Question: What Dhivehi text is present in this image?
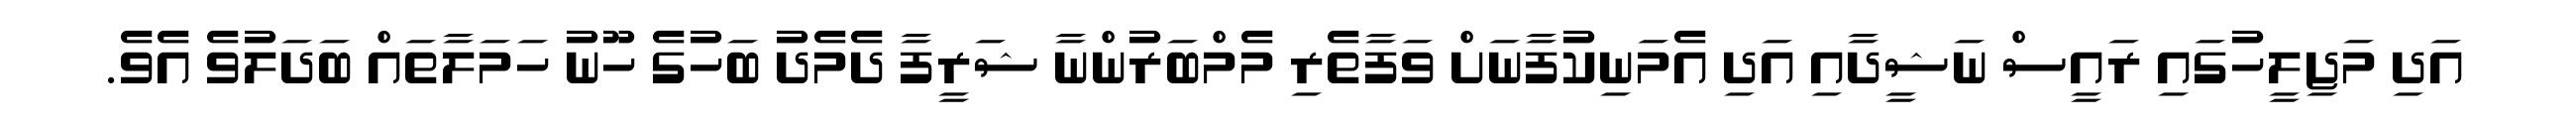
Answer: އަދި މަޖިލީހުގައި ރައީސް ނަޝީދާއި އަދި އެމަނިކުފާނަށް ވަފާތެރި މެމްބަރުންނާ ޝަރީފާ ދެމެދު ބަހުގެ ހޫނު ހަމަލާތައް ބަދަލުވެ އެވެ.